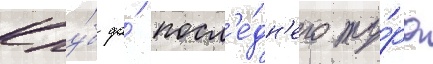
Клу́б до́ посл'е́дн'его ту́ра